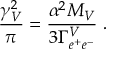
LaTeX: { \frac { \gamma _ { V } ^ { 2 } } { \pi } } = { \frac { \alpha ^ { 2 } M _ { V } } { 3 \Gamma _ { e ^ { + } e ^ { - } } ^ { V } } } \; .